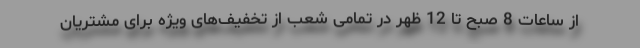
از ساعات 8 صبح تا 12 ظهر در تمامی شعب از تخفیف‌های ویژه برای مشتریان